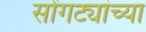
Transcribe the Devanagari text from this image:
सोंगट्यांच्या